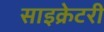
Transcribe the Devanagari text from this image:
साइक्रेटरी